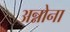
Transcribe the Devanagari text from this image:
अन्नोना